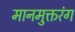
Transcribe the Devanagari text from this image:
मानमुक्तरंग